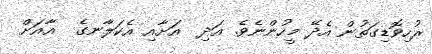
ރުހިވޮޑިގަތުން އެދޭ މީހުންނެވެ. އަދި  އަށާއި އެކަލާނގެ  އާއަށް